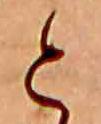
と